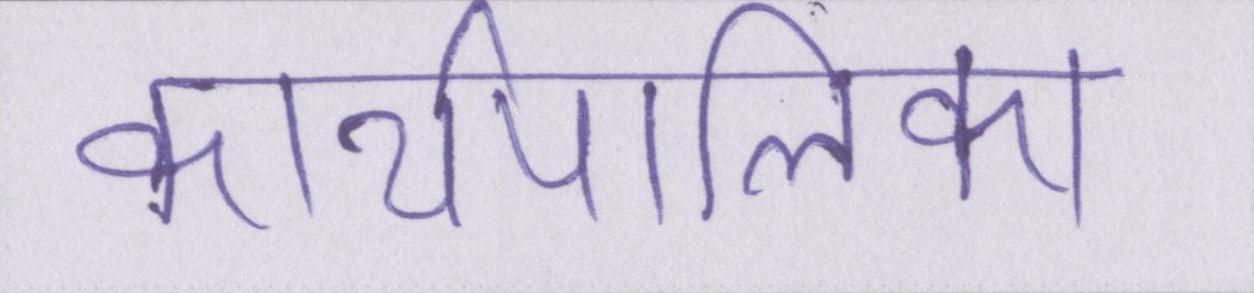
कार्यपालिका